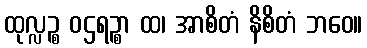
ထုလ္လဉ္စ ဝဌရဉ္စာ ထ၊ အာစိတံ နိစိတံ ဘဝေ။